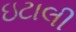
ઇટાલી